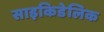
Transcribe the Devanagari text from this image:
साइकिडेलिक